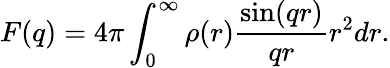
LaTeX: F(q)=4\pi\int_{0}^{\infty}\rho(r)\frac{\sin(qr)}{qr}r^{2}dr.